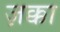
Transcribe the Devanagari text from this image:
ज़क्का